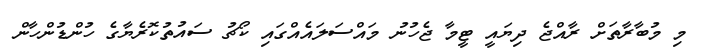
މި މުބާރާތަށް ރާއްޖެ ދިޔައީ ޓީމާ ޖެހުނު މައްސަލައެއްގައި ކޯޗު ސައުތުކޮރެޔާގެ ހުންޑުންހާން